Regulations for the medical services of the Army of India
Year: 1930
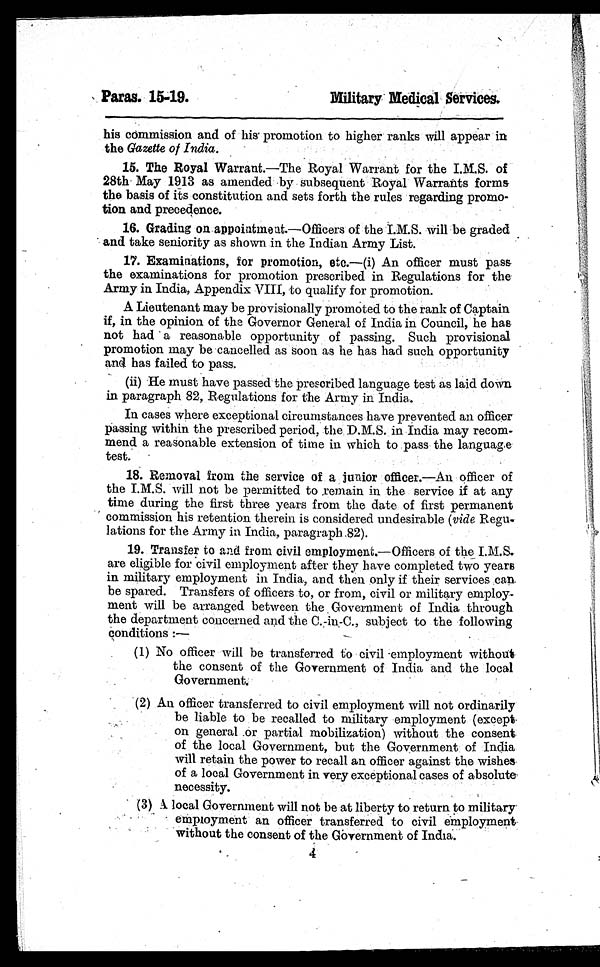
Pans. 15-19.
Military Medical Services.
his commission and of his promotion to higher ranks will appear in
the Gazette of India.
15. The Royal Warrant. —The Royal Warrant for the I.M.S. of
28th May 1913 as amended by subsequent Royal Warrants forms
the basis of its constitution and sets forth the rules regarding promo
-
tion and precedence.
16. Grading on appointment. —Officers of the I.M.S. will be graded
and take seniority as shown in the Indian Army List.
17. Examinations, for promotion, etc. —(i) An officer must pass
the examinations for promotion prescribed in Regulations for the
Army in India, Appendix VIII, to qualify for promotion.
A Lieutenant may be provisionally promoted to the rank of Captain
if, in the opinion of the Governor General of India in Council, he has
not had a reasonable opportunity of passing. Such provisional
promotion may be cancelled as soon as he has had such opportunity
and has failed to pass.
(ii) He must have passed the prescribed language test as laid down
in paragraph 82, Regulations for the Army in India.
In cases where exceptional circumstances have prevented an officer
passing within the prescribed period, the D.M.S. in India may recom-
mend a reasonable extension of time in which to pass the language
test.
18. Removal from the service of a junior officer. —An officer of
the I.M.S. will not be permitted to remain in the service if at any
time during the first three years from the date of first permanent
commission his retention therein is considered undesirable (vide Regu-
-
lations for the Army in India, paragraph 82).
19. Transfer to and from civil employment. —Officers of the I.M.S.
are eligible for civil employment after they have completed two years
in military employment in India, and then only if their services can
be spared. Transfers of officers to, or from, civil or military employ
-
ment will be arranged between the Government of India through
the department concerned and the C.-in-C., subject to the following
conditions :
—
(1) No officer will be transferred to civil -employment
without
the consent of the Government of India and the local
Government
(2) An officer transferred to civil employment will not ordinarily
be liable to be recalled to military employment (except
on general or partial mobilization) without the consent
of the local Government, but the Government of India
will retain the power to recall an officer against the wishes
of a local Government in very exceptional cases of absolute
necessity.
(3) A local Government will not be at liberty to return to military
employment an officer transferred to civil employment
without the consent of the Government of India.
4